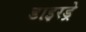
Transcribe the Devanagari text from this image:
डाइरड्रे